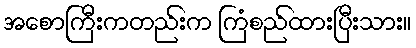
အစောကြီးကတည်းက ကြံစည်ထားပြီးသား။